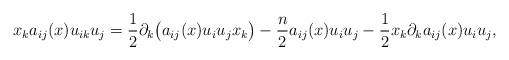
LaTeX: \begin{align*}x_{k}a_{ij}(x)u_{ik} u_{j} = \frac{1}{2} \partial_k \big(a_{ij}(x)u_i u_j x_{k}\big) - \frac{n}{2} a_{ij}(x) u_i u_j - \frac{1}{2} x_{k}\partial_k a_{ij}(x) u_i u_j,\end{align*}